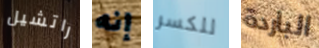
راتشيل إنه للكسر الباردة